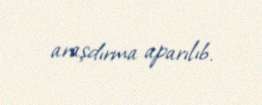
araşdırma aparılıb.